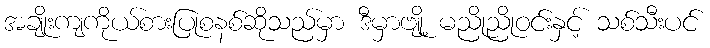
အချိုးကျကိုယ်စားပြုစနစ်ဆိုသည်မှာ ဒီမှာဗျို့ မညိုညိုဝင်းနှင့် သစ်သီးပင်